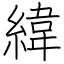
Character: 緯